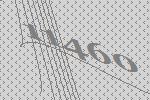
11460